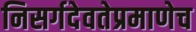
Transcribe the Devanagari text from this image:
निसर्गदेवतेप्रमाणेच